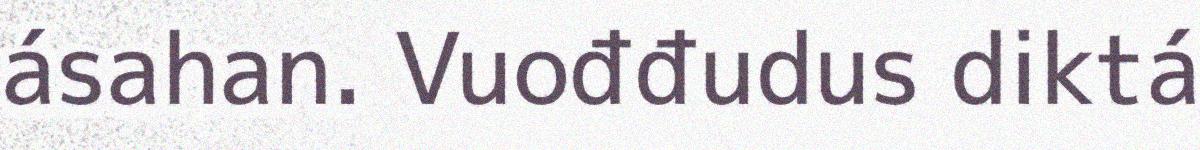
ásahan. Vuođđudus diktá